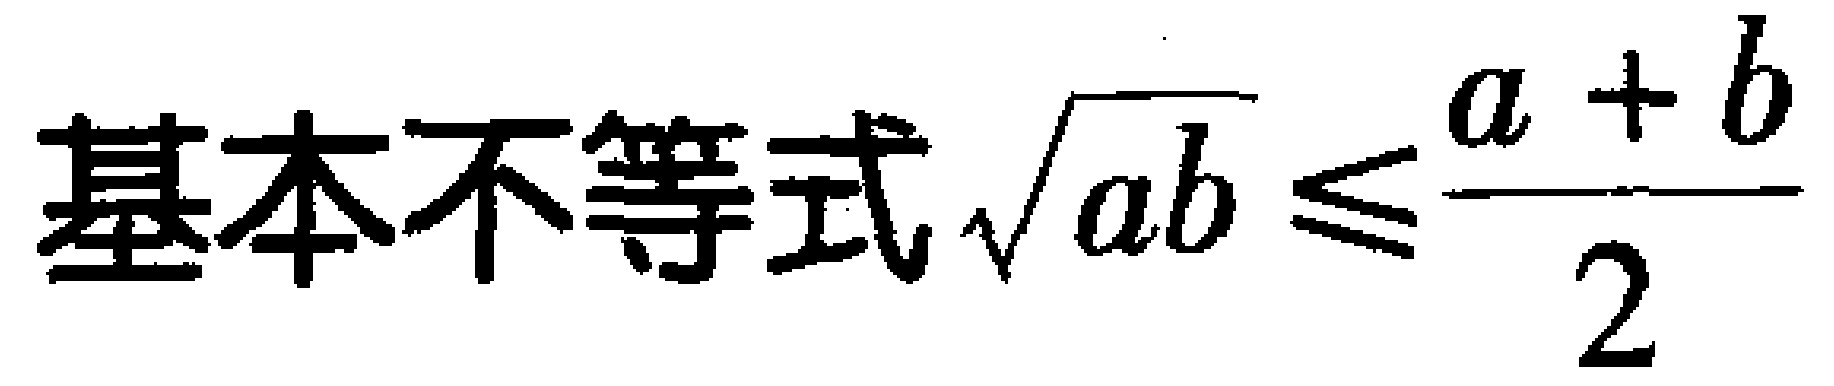
基本不等式\(\sqrt{ab} \leq \frac{a + b}{2}\)